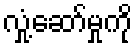
လှုံ့ဆော်မှုကို